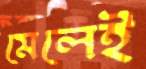
মেলেই